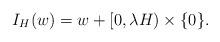
LaTeX: \begin{align*}I_H(w) = w+[0,\lambda H)\times\{0\}.\end{align*}